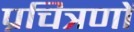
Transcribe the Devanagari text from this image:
प्रचित्रणों